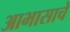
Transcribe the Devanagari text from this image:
आभासाचे